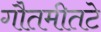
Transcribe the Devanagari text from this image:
गौतमीतटे